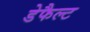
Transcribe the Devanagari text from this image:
डेफैल्ट